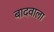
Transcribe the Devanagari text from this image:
बादवाला